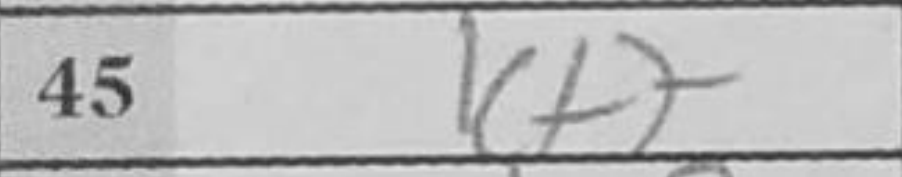
Transcription: Kf7